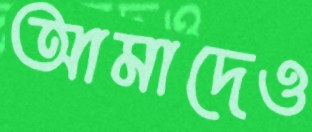
আমাদেও